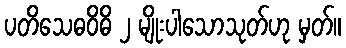
ပတိသေဓဝိဓိ ၂ မျိုးပါသောသုတ်ဟု မှတ်။